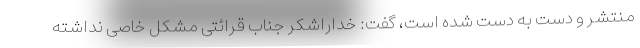
منتشر و دست به دست شده است، گفت: خداراشکر جناب قرائتی مشکل خاصی نداشته